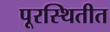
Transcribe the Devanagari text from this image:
पूरस्थितीत